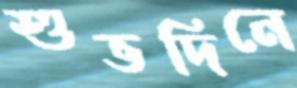
শুভদিনে